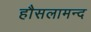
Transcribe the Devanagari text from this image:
हौसलामन्द